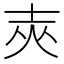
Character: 𡔡